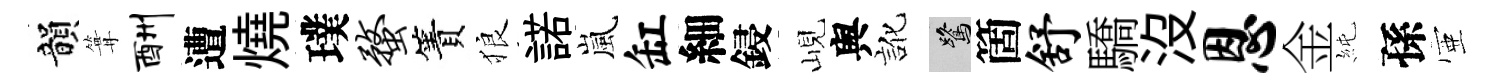
韻篝酬遭燒璞蝥簀狼諾嵐缸細鋟峴舆訛鷺箇舒驕沒恩金純孫壺